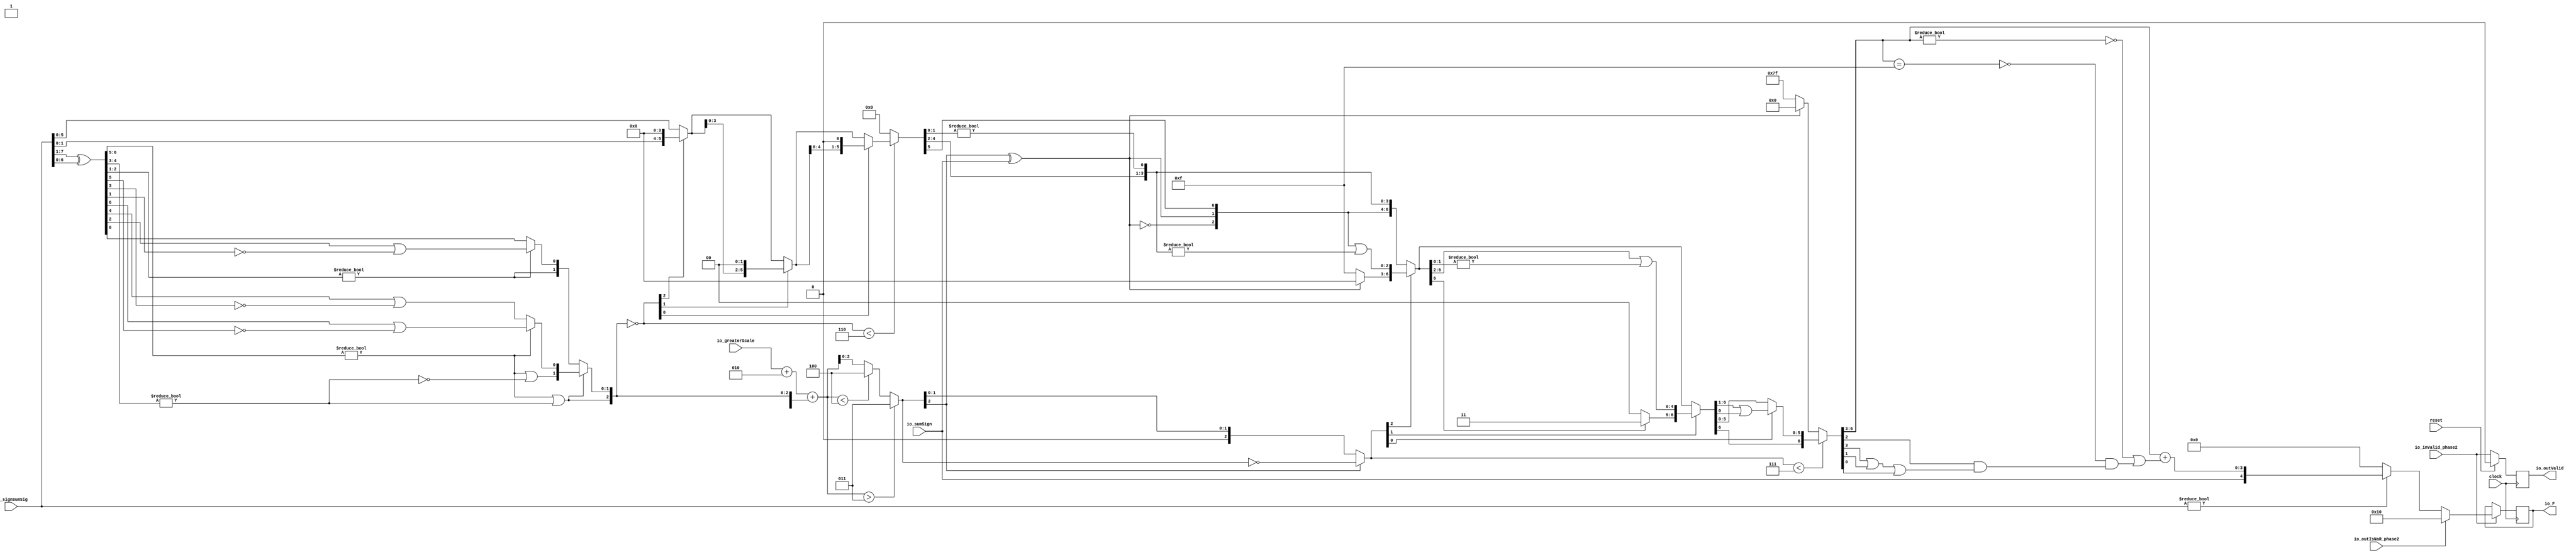
module FMAEnc5_0(
  input        clock,
  input        reset,
  input        io_inValid_phase2,
  input  [7:0] io_signSumSig,
  input        io_sumSign,
  input  [2:0] io_greaterScale,
  input        io_outIsNaR_phase2,
  output [4:0] io_F,
  output       io_outValid
);
  wire [6:0] _T; // @[FMAEnc.scala 35:36]
  wire [6:0] _T_1; // @[FMAEnc.scala 35:74]
  wire [6:0] sumXor; // @[FMAEnc.scala 35:54]
  wire [3:0] _T_2; // @[LZD.scala 43:32]
  wire [1:0] _T_3; // @[LZD.scala 43:32]
  wire  _T_4; // @[LZD.scala 39:14]
  wire  _T_5; // @[LZD.scala 39:21]
  wire  _T_6; // @[LZD.scala 39:30]
  wire  _T_7; // @[LZD.scala 39:27]
  wire  _T_8; // @[LZD.scala 39:25]
  wire [1:0] _T_9; // @[Cat.scala 29:58]
  wire [1:0] _T_10; // @[LZD.scala 44:32]
  wire  _T_11; // @[LZD.scala 39:14]
  wire  _T_12; // @[LZD.scala 39:21]
  wire  _T_13; // @[LZD.scala 39:30]
  wire  _T_14; // @[LZD.scala 39:27]
  wire  _T_15; // @[LZD.scala 39:25]
  wire [1:0] _T_16; // @[Cat.scala 29:58]
  wire  _T_17; // @[Shift.scala 12:21]
  wire  _T_18; // @[Shift.scala 12:21]
  wire  _T_19; // @[LZD.scala 49:16]
  wire  _T_20; // @[LZD.scala 49:27]
  wire  _T_21; // @[LZD.scala 49:25]
  wire  _T_22; // @[LZD.scala 49:47]
  wire  _T_23; // @[LZD.scala 49:59]
  wire  _T_24; // @[LZD.scala 49:35]
  wire [2:0] _T_26; // @[Cat.scala 29:58]
  wire [2:0] _T_27; // @[LZD.scala 44:32]
  wire [1:0] _T_28; // @[LZD.scala 43:32]
  wire  _T_29; // @[LZD.scala 39:14]
  wire  _T_30; // @[LZD.scala 39:21]
  wire  _T_31; // @[LZD.scala 39:30]
  wire  _T_32; // @[LZD.scala 39:27]
  wire  _T_33; // @[LZD.scala 39:25]
  wire [1:0] _T_34; // @[Cat.scala 29:58]
  wire  _T_35; // @[LZD.scala 44:32]
  wire  _T_37; // @[Shift.scala 12:21]
  wire  _T_39; // @[LZD.scala 55:32]
  wire  _T_40; // @[LZD.scala 55:20]
  wire [1:0] _T_41; // @[Cat.scala 29:58]
  wire  _T_42; // @[Shift.scala 12:21]
  wire [1:0] _T_44; // @[LZD.scala 55:32]
  wire [1:0] _T_45; // @[LZD.scala 55:20]
  wire [2:0] sumLZD; // @[Cat.scala 29:58]
  wire [2:0] shiftValue; // @[FMAEnc.scala 37:24]
  wire [5:0] _T_46; // @[FMAEnc.scala 38:41]
  wire  _T_47; // @[Shift.scala 16:24]
  wire  _T_49; // @[Shift.scala 12:21]
  wire [1:0] _T_50; // @[Shift.scala 64:52]
  wire [5:0] _T_52; // @[Cat.scala 29:58]
  wire [5:0] _T_53; // @[Shift.scala 64:27]
  wire [1:0] _T_54; // @[Shift.scala 66:70]
  wire  _T_55; // @[Shift.scala 12:21]
  wire [3:0] _T_56; // @[Shift.scala 64:52]
  wire [5:0] _T_58; // @[Cat.scala 29:58]
  wire [5:0] _T_59; // @[Shift.scala 64:27]
  wire  _T_60; // @[Shift.scala 66:70]
  wire [4:0] _T_62; // @[Shift.scala 64:52]
  wire [5:0] _T_63; // @[Cat.scala 29:58]
  wire [5:0] _T_64; // @[Shift.scala 64:27]
  wire [5:0] normalFracTmp; // @[Shift.scala 16:10]
  wire [2:0] _T_66; // @[FMAEnc.scala 41:39]
  wire [2:0] _T_67; // @[FMAEnc.scala 41:39]
  wire [3:0] _T_68; // @[Cat.scala 29:58]
  wire [3:0] _T_69; // @[FMAEnc.scala 41:64]
  wire [3:0] _GEN_2; // @[FMAEnc.scala 41:45]
  wire [3:0] _T_71; // @[FMAEnc.scala 41:45]
  wire [3:0] sumScale; // @[FMAEnc.scala 41:45]
  wire [1:0] sumFrac; // @[FMAEnc.scala 42:41]
  wire [3:0] grsTmp; // @[FMAEnc.scala 45:41]
  wire [1:0] _T_72; // @[FMAEnc.scala 48:40]
  wire [1:0] _T_73; // @[FMAEnc.scala 48:56]
  wire  _T_74; // @[FMAEnc.scala 48:60]
  wire  underflow; // @[FMAEnc.scala 55:32]
  wire  overflow; // @[FMAEnc.scala 56:32]
  wire  _T_75; // @[FMAEnc.scala 65:35]
  wire  decF_isZero; // @[FMAEnc.scala 65:20]
  wire [3:0] _T_77; // @[Mux.scala 87:16]
  wire [3:0] _T_78; // @[Mux.scala 87:16]
  wire [2:0] _GEN_3; // @[FMAEnc.scala 62:18 FMAEnc.scala 68:17]
  wire [2:0] decF_scale; // @[FMAEnc.scala 62:18 FMAEnc.scala 68:17]
  wire  _T_80; // @[convert.scala 49:36]
  wire [2:0] _T_82; // @[convert.scala 50:36]
  wire [2:0] _T_83; // @[convert.scala 50:36]
  wire [2:0] _T_84; // @[convert.scala 50:28]
  wire  _T_85; // @[convert.scala 51:31]
  wire  _T_86; // @[convert.scala 53:34]
  wire [6:0] _T_89; // @[Cat.scala 29:58]
  wire [2:0] _T_90; // @[Shift.scala 39:17]
  wire  _T_91; // @[Shift.scala 39:24]
  wire [2:0] _T_93; // @[Shift.scala 90:30]
  wire [3:0] _T_94; // @[Shift.scala 90:48]
  wire  _T_95; // @[Shift.scala 90:57]
  wire [2:0] _GEN_4; // @[Shift.scala 90:39]
  wire [2:0] _T_96; // @[Shift.scala 90:39]
  wire  _T_97; // @[Shift.scala 12:21]
  wire  _T_98; // @[Shift.scala 12:21]
  wire [3:0] _T_100; // @[Bitwise.scala 71:12]
  wire [6:0] _T_101; // @[Cat.scala 29:58]
  wire [6:0] _T_102; // @[Shift.scala 91:22]
  wire [1:0] _T_103; // @[Shift.scala 92:77]
  wire [4:0] _T_104; // @[Shift.scala 90:30]
  wire [1:0] _T_105; // @[Shift.scala 90:48]
  wire  _T_106; // @[Shift.scala 90:57]
  wire [4:0] _GEN_5; // @[Shift.scala 90:39]
  wire [4:0] _T_107; // @[Shift.scala 90:39]
  wire  _T_108; // @[Shift.scala 12:21]
  wire  _T_109; // @[Shift.scala 12:21]
  wire [1:0] _T_111; // @[Bitwise.scala 71:12]
  wire [6:0] _T_112; // @[Cat.scala 29:58]
  wire [6:0] _T_113; // @[Shift.scala 91:22]
  wire  _T_114; // @[Shift.scala 92:77]
  wire [5:0] _T_115; // @[Shift.scala 90:30]
  wire  _T_116; // @[Shift.scala 90:48]
  wire [5:0] _GEN_6; // @[Shift.scala 90:39]
  wire [5:0] _T_118; // @[Shift.scala 90:39]
  wire  _T_120; // @[Shift.scala 12:21]
  wire [6:0] _T_121; // @[Cat.scala 29:58]
  wire [6:0] _T_122; // @[Shift.scala 91:22]
  wire [6:0] _T_125; // @[Bitwise.scala 71:12]
  wire [6:0] _T_126; // @[Shift.scala 39:10]
  wire  _T_127; // @[convert.scala 55:31]
  wire  _T_128; // @[convert.scala 56:31]
  wire  _T_129; // @[convert.scala 57:31]
  wire  _T_130; // @[convert.scala 58:31]
  wire [3:0] _T_131; // @[convert.scala 59:69]
  wire  _T_132; // @[convert.scala 59:81]
  wire  _T_133; // @[convert.scala 59:50]
  wire  _T_135; // @[convert.scala 60:81]
  wire  _T_136; // @[convert.scala 61:44]
  wire  _T_137; // @[convert.scala 61:52]
  wire  _T_138; // @[convert.scala 61:36]
  wire  _T_139; // @[convert.scala 62:63]
  wire  _T_140; // @[convert.scala 62:103]
  wire  _T_141; // @[convert.scala 62:60]
  wire [3:0] _GEN_7; // @[convert.scala 63:56]
  wire [3:0] _T_144; // @[convert.scala 63:56]
  wire [4:0] _T_145; // @[Cat.scala 29:58]
  reg  _T_149; // @[Valid.scala 117:22]
  reg [31:0] _RAND_0;
  reg [4:0] _T_153; // @[Reg.scala 15:16]
  reg [31:0] _RAND_1;
  assign _T = io_signSumSig[7:1]; // @[FMAEnc.scala 35:36]
  assign _T_1 = io_signSumSig[6:0]; // @[FMAEnc.scala 35:74]
  assign sumXor = _T ^ _T_1; // @[FMAEnc.scala 35:54]
  assign _T_2 = sumXor[6:3]; // @[LZD.scala 43:32]
  assign _T_3 = _T_2[3:2]; // @[LZD.scala 43:32]
  assign _T_4 = _T_3 != 2'h0; // @[LZD.scala 39:14]
  assign _T_5 = _T_3[1]; // @[LZD.scala 39:21]
  assign _T_6 = _T_3[0]; // @[LZD.scala 39:30]
  assign _T_7 = ~ _T_6; // @[LZD.scala 39:27]
  assign _T_8 = _T_5 | _T_7; // @[LZD.scala 39:25]
  assign _T_9 = {_T_4,_T_8}; // @[Cat.scala 29:58]
  assign _T_10 = _T_2[1:0]; // @[LZD.scala 44:32]
  assign _T_11 = _T_10 != 2'h0; // @[LZD.scala 39:14]
  assign _T_12 = _T_10[1]; // @[LZD.scala 39:21]
  assign _T_13 = _T_10[0]; // @[LZD.scala 39:30]
  assign _T_14 = ~ _T_13; // @[LZD.scala 39:27]
  assign _T_15 = _T_12 | _T_14; // @[LZD.scala 39:25]
  assign _T_16 = {_T_11,_T_15}; // @[Cat.scala 29:58]
  assign _T_17 = _T_9[1]; // @[Shift.scala 12:21]
  assign _T_18 = _T_16[1]; // @[Shift.scala 12:21]
  assign _T_19 = _T_17 | _T_18; // @[LZD.scala 49:16]
  assign _T_20 = ~ _T_18; // @[LZD.scala 49:27]
  assign _T_21 = _T_17 | _T_20; // @[LZD.scala 49:25]
  assign _T_22 = _T_9[0:0]; // @[LZD.scala 49:47]
  assign _T_23 = _T_16[0:0]; // @[LZD.scala 49:59]
  assign _T_24 = _T_17 ? _T_22 : _T_23; // @[LZD.scala 49:35]
  assign _T_26 = {_T_19,_T_21,_T_24}; // @[Cat.scala 29:58]
  assign _T_27 = sumXor[2:0]; // @[LZD.scala 44:32]
  assign _T_28 = _T_27[2:1]; // @[LZD.scala 43:32]
  assign _T_29 = _T_28 != 2'h0; // @[LZD.scala 39:14]
  assign _T_30 = _T_28[1]; // @[LZD.scala 39:21]
  assign _T_31 = _T_28[0]; // @[LZD.scala 39:30]
  assign _T_32 = ~ _T_31; // @[LZD.scala 39:27]
  assign _T_33 = _T_30 | _T_32; // @[LZD.scala 39:25]
  assign _T_34 = {_T_29,_T_33}; // @[Cat.scala 29:58]
  assign _T_35 = _T_27[0:0]; // @[LZD.scala 44:32]
  assign _T_37 = _T_34[1]; // @[Shift.scala 12:21]
  assign _T_39 = _T_34[0:0]; // @[LZD.scala 55:32]
  assign _T_40 = _T_37 ? _T_39 : _T_35; // @[LZD.scala 55:20]
  assign _T_41 = {_T_37,_T_40}; // @[Cat.scala 29:58]
  assign _T_42 = _T_26[2]; // @[Shift.scala 12:21]
  assign _T_44 = _T_26[1:0]; // @[LZD.scala 55:32]
  assign _T_45 = _T_42 ? _T_44 : _T_41; // @[LZD.scala 55:20]
  assign sumLZD = {_T_42,_T_45}; // @[Cat.scala 29:58]
  assign shiftValue = ~ sumLZD; // @[FMAEnc.scala 37:24]
  assign _T_46 = io_signSumSig[5:0]; // @[FMAEnc.scala 38:41]
  assign _T_47 = shiftValue < 3'h6; // @[Shift.scala 16:24]
  assign _T_49 = shiftValue[2]; // @[Shift.scala 12:21]
  assign _T_50 = _T_46[1:0]; // @[Shift.scala 64:52]
  assign _T_52 = {_T_50,4'h0}; // @[Cat.scala 29:58]
  assign _T_53 = _T_49 ? _T_52 : _T_46; // @[Shift.scala 64:27]
  assign _T_54 = shiftValue[1:0]; // @[Shift.scala 66:70]
  assign _T_55 = _T_54[1]; // @[Shift.scala 12:21]
  assign _T_56 = _T_53[3:0]; // @[Shift.scala 64:52]
  assign _T_58 = {_T_56,2'h0}; // @[Cat.scala 29:58]
  assign _T_59 = _T_55 ? _T_58 : _T_53; // @[Shift.scala 64:27]
  assign _T_60 = _T_54[0:0]; // @[Shift.scala 66:70]
  assign _T_62 = _T_59[4:0]; // @[Shift.scala 64:52]
  assign _T_63 = {_T_62,1'h0}; // @[Cat.scala 29:58]
  assign _T_64 = _T_60 ? _T_63 : _T_59; // @[Shift.scala 64:27]
  assign normalFracTmp = _T_47 ? _T_64 : 6'h0; // @[Shift.scala 16:10]
  assign _T_66 = $signed(io_greaterScale) + $signed(3'sh2); // @[FMAEnc.scala 41:39]
  assign _T_67 = $signed(_T_66); // @[FMAEnc.scala 41:39]
  assign _T_68 = {1'h1,_T_42,_T_45}; // @[Cat.scala 29:58]
  assign _T_69 = $signed(_T_68); // @[FMAEnc.scala 41:64]
  assign _GEN_2 = {{1{_T_67[2]}},_T_67}; // @[FMAEnc.scala 41:45]
  assign _T_71 = $signed(_GEN_2) + $signed(_T_69); // @[FMAEnc.scala 41:45]
  assign sumScale = $signed(_T_71); // @[FMAEnc.scala 41:45]
  assign sumFrac = normalFracTmp[5:4]; // @[FMAEnc.scala 42:41]
  assign grsTmp = normalFracTmp[3:0]; // @[FMAEnc.scala 45:41]
  assign _T_72 = grsTmp[3:2]; // @[FMAEnc.scala 48:40]
  assign _T_73 = grsTmp[1:0]; // @[FMAEnc.scala 48:56]
  assign _T_74 = _T_73 != 2'h0; // @[FMAEnc.scala 48:60]
  assign underflow = $signed(sumScale) < $signed(-4'sh4); // @[FMAEnc.scala 55:32]
  assign overflow = $signed(sumScale) > $signed(4'sh3); // @[FMAEnc.scala 56:32]
  assign _T_75 = io_signSumSig != 8'h0; // @[FMAEnc.scala 65:35]
  assign decF_isZero = ~ _T_75; // @[FMAEnc.scala 65:20]
  assign _T_77 = underflow ? $signed(-4'sh4) : $signed(sumScale); // @[Mux.scala 87:16]
  assign _T_78 = overflow ? $signed(4'sh3) : $signed(_T_77); // @[Mux.scala 87:16]
  assign _GEN_3 = _T_78[2:0]; // @[FMAEnc.scala 62:18 FMAEnc.scala 68:17]
  assign decF_scale = $signed(_GEN_3); // @[FMAEnc.scala 62:18 FMAEnc.scala 68:17]
  assign _T_80 = decF_scale[2:2]; // @[convert.scala 49:36]
  assign _T_82 = ~ decF_scale; // @[convert.scala 50:36]
  assign _T_83 = $signed(_T_82); // @[convert.scala 50:36]
  assign _T_84 = _T_80 ? $signed(_T_83) : $signed(decF_scale); // @[convert.scala 50:28]
  assign _T_85 = _T_80 ^ io_sumSign; // @[convert.scala 51:31]
  assign _T_86 = ~ _T_85; // @[convert.scala 53:34]
  assign _T_89 = {_T_86,_T_85,sumFrac,_T_72,_T_74}; // @[Cat.scala 29:58]
  assign _T_90 = $unsigned(_T_84); // @[Shift.scala 39:17]
  assign _T_91 = _T_90 < 3'h7; // @[Shift.scala 39:24]
  assign _T_93 = _T_89[6:4]; // @[Shift.scala 90:30]
  assign _T_94 = _T_89[3:0]; // @[Shift.scala 90:48]
  assign _T_95 = _T_94 != 4'h0; // @[Shift.scala 90:57]
  assign _GEN_4 = {{2'd0}, _T_95}; // @[Shift.scala 90:39]
  assign _T_96 = _T_93 | _GEN_4; // @[Shift.scala 90:39]
  assign _T_97 = _T_90[2]; // @[Shift.scala 12:21]
  assign _T_98 = _T_89[6]; // @[Shift.scala 12:21]
  assign _T_100 = _T_98 ? 4'hf : 4'h0; // @[Bitwise.scala 71:12]
  assign _T_101 = {_T_100,_T_96}; // @[Cat.scala 29:58]
  assign _T_102 = _T_97 ? _T_101 : _T_89; // @[Shift.scala 91:22]
  assign _T_103 = _T_90[1:0]; // @[Shift.scala 92:77]
  assign _T_104 = _T_102[6:2]; // @[Shift.scala 90:30]
  assign _T_105 = _T_102[1:0]; // @[Shift.scala 90:48]
  assign _T_106 = _T_105 != 2'h0; // @[Shift.scala 90:57]
  assign _GEN_5 = {{4'd0}, _T_106}; // @[Shift.scala 90:39]
  assign _T_107 = _T_104 | _GEN_5; // @[Shift.scala 90:39]
  assign _T_108 = _T_103[1]; // @[Shift.scala 12:21]
  assign _T_109 = _T_102[6]; // @[Shift.scala 12:21]
  assign _T_111 = _T_109 ? 2'h3 : 2'h0; // @[Bitwise.scala 71:12]
  assign _T_112 = {_T_111,_T_107}; // @[Cat.scala 29:58]
  assign _T_113 = _T_108 ? _T_112 : _T_102; // @[Shift.scala 91:22]
  assign _T_114 = _T_103[0:0]; // @[Shift.scala 92:77]
  assign _T_115 = _T_113[6:1]; // @[Shift.scala 90:30]
  assign _T_116 = _T_113[0:0]; // @[Shift.scala 90:48]
  assign _GEN_6 = {{5'd0}, _T_116}; // @[Shift.scala 90:39]
  assign _T_118 = _T_115 | _GEN_6; // @[Shift.scala 90:39]
  assign _T_120 = _T_113[6]; // @[Shift.scala 12:21]
  assign _T_121 = {_T_120,_T_118}; // @[Cat.scala 29:58]
  assign _T_122 = _T_114 ? _T_121 : _T_113; // @[Shift.scala 91:22]
  assign _T_125 = _T_98 ? 7'h7f : 7'h0; // @[Bitwise.scala 71:12]
  assign _T_126 = _T_91 ? _T_122 : _T_125; // @[Shift.scala 39:10]
  assign _T_127 = _T_126[3]; // @[convert.scala 55:31]
  assign _T_128 = _T_126[2]; // @[convert.scala 56:31]
  assign _T_129 = _T_126[1]; // @[convert.scala 57:31]
  assign _T_130 = _T_126[0]; // @[convert.scala 58:31]
  assign _T_131 = _T_126[6:3]; // @[convert.scala 59:69]
  assign _T_132 = _T_131 != 4'h0; // @[convert.scala 59:81]
  assign _T_133 = ~ _T_132; // @[convert.scala 59:50]
  assign _T_135 = _T_131 == 4'hf; // @[convert.scala 60:81]
  assign _T_136 = _T_127 | _T_129; // @[convert.scala 61:44]
  assign _T_137 = _T_136 | _T_130; // @[convert.scala 61:52]
  assign _T_138 = _T_128 & _T_137; // @[convert.scala 61:36]
  assign _T_139 = ~ _T_135; // @[convert.scala 62:63]
  assign _T_140 = _T_139 & _T_138; // @[convert.scala 62:103]
  assign _T_141 = _T_133 | _T_140; // @[convert.scala 62:60]
  assign _GEN_7 = {{3'd0}, _T_141}; // @[convert.scala 63:56]
  assign _T_144 = _T_131 + _GEN_7; // @[convert.scala 63:56]
  assign _T_145 = {io_sumSign,_T_144}; // @[Cat.scala 29:58]
  assign io_F = _T_153; // @[FMAEnc.scala 85:15]
  assign io_outValid = _T_149; // @[FMAEnc.scala 84:15]
`ifdef RANDOMIZE_GARBAGE_ASSIGN
`define RANDOMIZE
`endif
`ifdef RANDOMIZE_INVALID_ASSIGN
`define RANDOMIZE
`endif
`ifdef RANDOMIZE_REG_INIT
`define RANDOMIZE
`endif
`ifdef RANDOMIZE_MEM_INIT
`define RANDOMIZE
`endif
`ifndef RANDOM
`define RANDOM $random
`endif
`ifdef RANDOMIZE_MEM_INIT
  integer initvar;
`endif
initial begin
  `ifdef RANDOMIZE
    `ifdef INIT_RANDOM
      `INIT_RANDOM
    `endif
    `ifndef VERILATOR
      `ifdef RANDOMIZE_DELAY
        #`RANDOMIZE_DELAY begin end
      `else
        #0.002 begin end
      `endif
    `endif
  `ifdef RANDOMIZE_REG_INIT
  _RAND_0 = {1{`RANDOM}};
  _T_149 = _RAND_0[0:0];
  `endif // RANDOMIZE_REG_INIT
  `ifdef RANDOMIZE_REG_INIT
  _RAND_1 = {1{`RANDOM}};
  _T_153 = _RAND_1[4:0];
  `endif // RANDOMIZE_REG_INIT
  `endif // RANDOMIZE
end
  always @(posedge clock) begin
    if (reset) begin
      _T_149 <= 1'h0;
    end else begin
      _T_149 <= io_inValid_phase2;
    end
    if (io_inValid_phase2) begin
      if (io_outIsNaR_phase2) begin
        _T_153 <= 5'h10;
      end else begin
        if (decF_isZero) begin
          _T_153 <= 5'h0;
        end else begin
          _T_153 <= _T_145;
        end
      end
    end
  end
endmodule